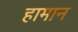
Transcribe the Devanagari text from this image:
हामान